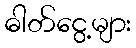
ဓါတ်ငွေ့များ